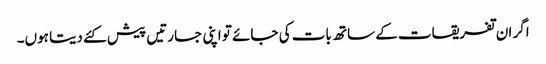
اگر ان تفریقات کے ساتھ بات کی جائے تو اپنی جسارتیں پیش کئے دیتا ہوں۔